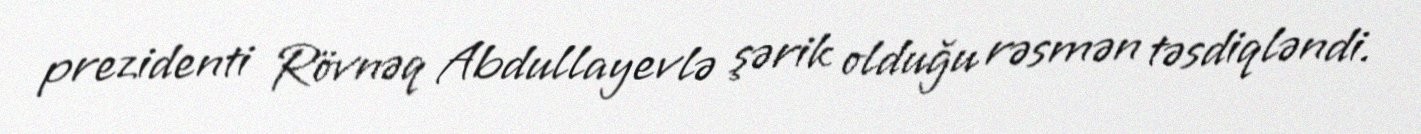
prezidenti Rövnəq Abdullayevlə şərik olduğu rəsmən təsdiqləndi.